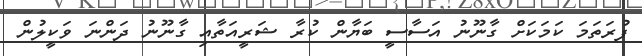
ފުރަތަމަ ކަމަކަށް ގާނޫނު އަސާސީ ބަޔާން ކުރާ ޝަރީއަތާއި ގާނޫނު ދަންނަ ވަކީލުން